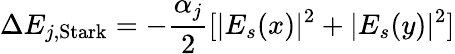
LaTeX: \Delta E_{j,\textrm{Stark}}=-\frac{\alpha_{j}}{2}[|E_{s}(x)|^{2}+|E_{s}(y)|^{2}]